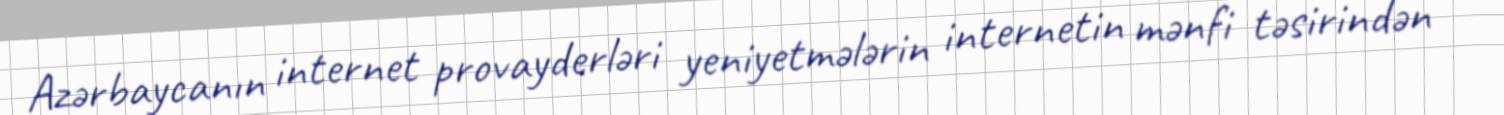
Azərbaycanın internet provayderləri yeniyetmələrin internetin mənfi təsirindən